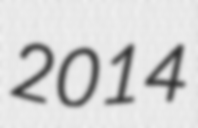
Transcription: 2014